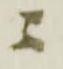
ニ